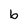
Character: b